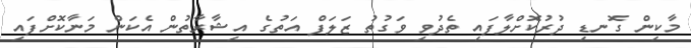
މާކިން ގޮނޑި ދުރުކޮށްލާފައި ތެދުވި ވަގުތު ޒަލަފް އަތުގެ އިޝާރާތުން އެކަން މަނާކޮށްފައި